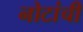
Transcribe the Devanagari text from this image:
नोटांची